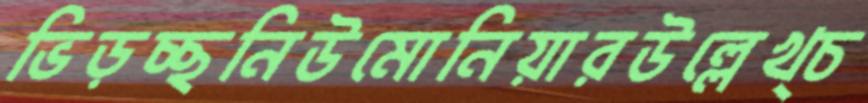
ভিড়চ্ছনিউমোনিয়ারউল্লেখ্চ